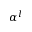
\alpha ^ { l }